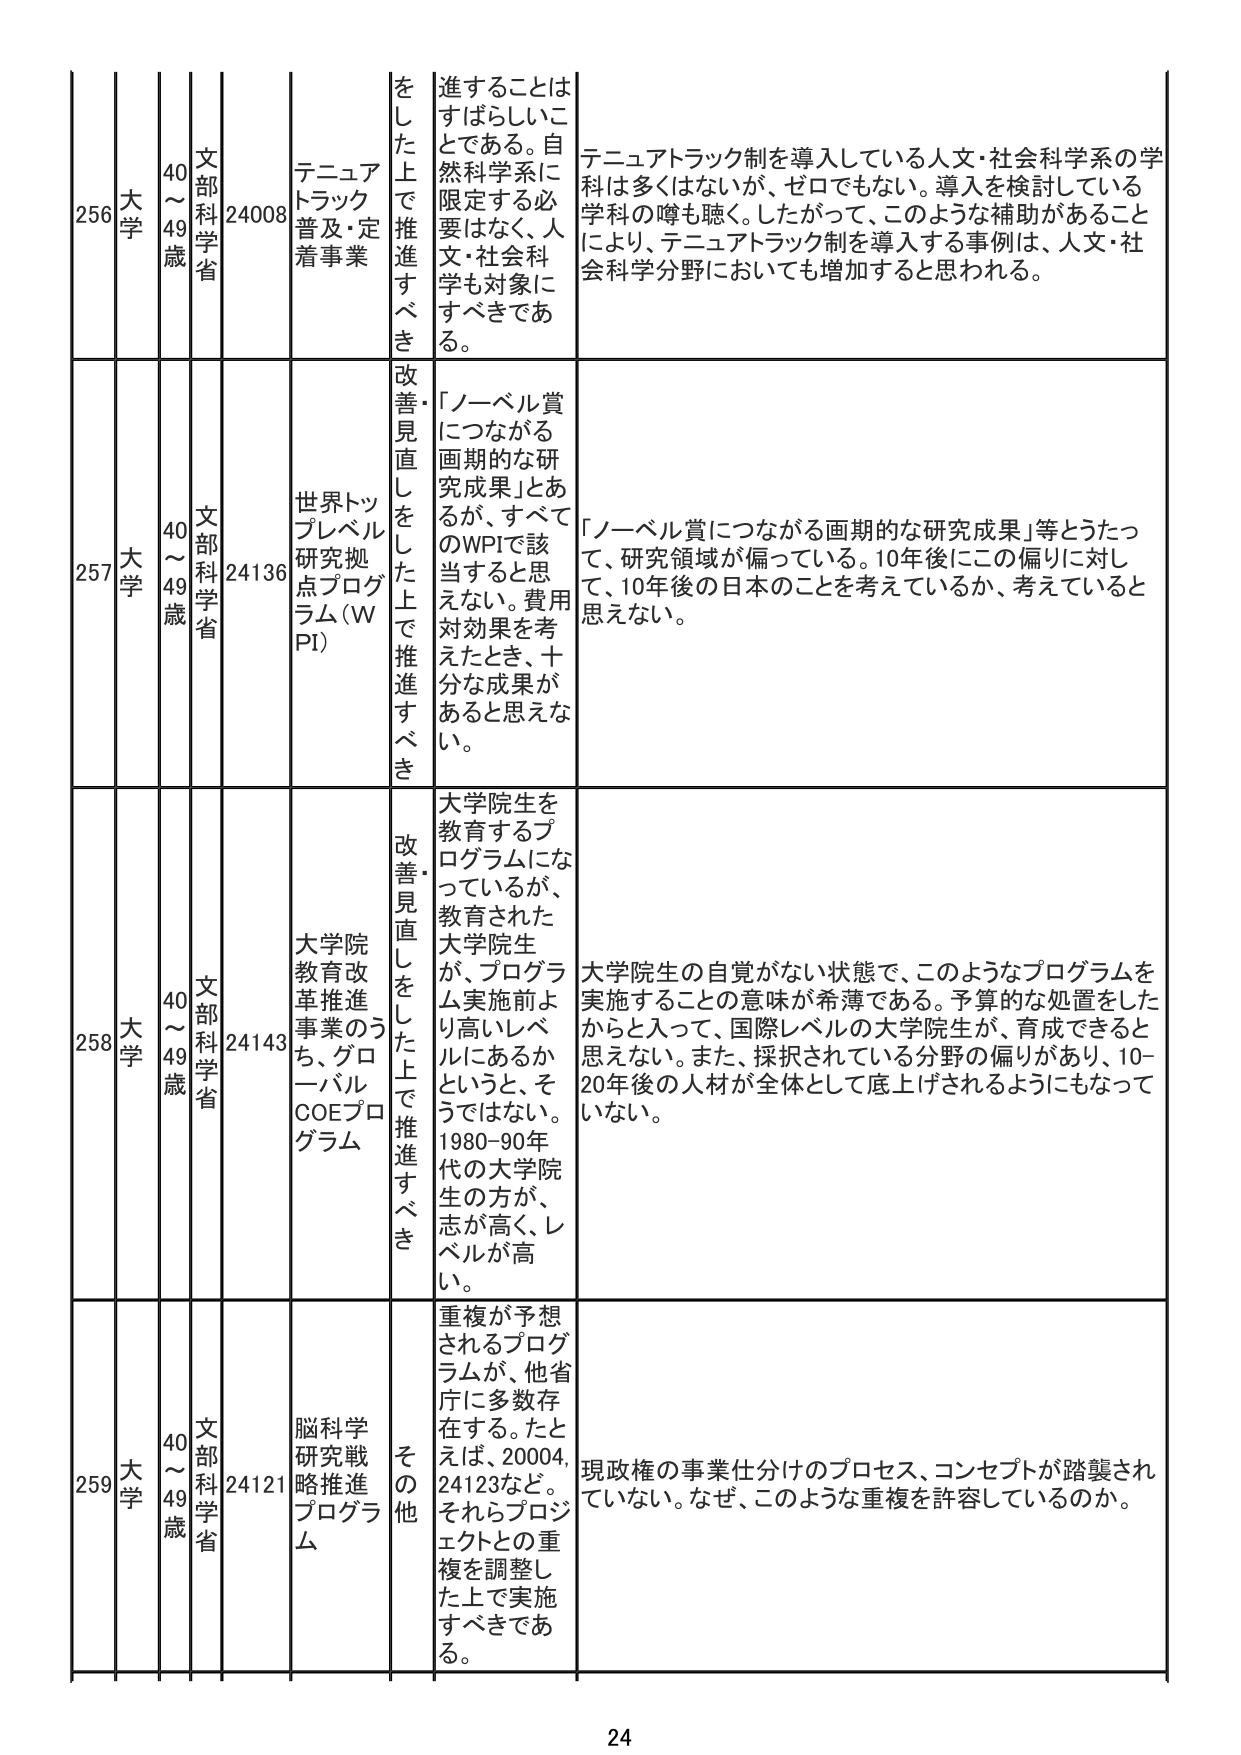
256 大学 40～49歳 文部科学省 24008 テニュアトラック普及・定着事業 をした上で推進すべき 進することはすばらしいことである。自然科学系に限定する必要はなく、人文・社会科学も対象にすべきである。 テニュアトラック制を導入している人文・社会科学系の学科は多くはないが、ゼロでもない。導入を検討している学科の噂も聴く。したがって、このような補助があることにより、テニュアトラック制を導入する事例は、人文・社会科学分野においても増加すると思われる。

257 大学 40～49歳 文部科学省 24136 世界トップレベル研究拠点プログラム（WPI） 改善見直しをした上で推進すべき 「ノーベル賞につながる画期的な研究成果」とあるが、すべてのWPIで該当するとは思えない。費用対効果を考えたとき、十分な成果があると思えない。 「ノーベル賞につながる画期的な研究成果」等とうたって、研究領域が偏っている。10年後にこの偏りに対して、10年後の日本のことを考えているか、考えていると思えない。

258 大学 40～49歳 文部科学省 24143 大学院教育改革推進事業のうち、グローバルCOEプログラム 改善見直しをした上で推進すべき 大学院生を教育するプログラムになっているが、教育された大学院生が、プログラム実施前より高いレベルにあるかというと、そうではない。1980-90年代の大学院生の方が、志が高く、レベルが高い。 大学院生の自覚がない状態で、このようなプログラムを実施することの意味が希薄である。予算的な処置をしたからといって、国際レベルの大学院生が、育成できると思えない。また、採択されている分野の偏りがあり、10-20年後の人材が全体として底上げされるようにもなっていない。

259 大学 40～49歳 文部科学省 24121 脳科学研究戦略推進プログラム その他 重複が予想されるプログラムが、他省庁に多数存在する。たとえば、20004, 24123など。それらプロジェクトとの重複を調整した上で実施すべきである。 現政権の事業仕分けのプロセス、コンセプトが踏襲されていない。なぜ、このような重複を許容しているのか。

24